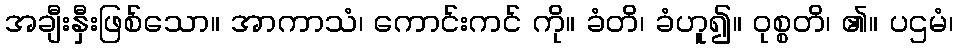
အချီးနှီးဖြစ်သော။ အာကာသံ၊ ကောင်းကင် ကို။ ခံတိ၊ ခံဟူ၍။ ဝုစ္စတိ၊ ၏။ ပဌမံ၊